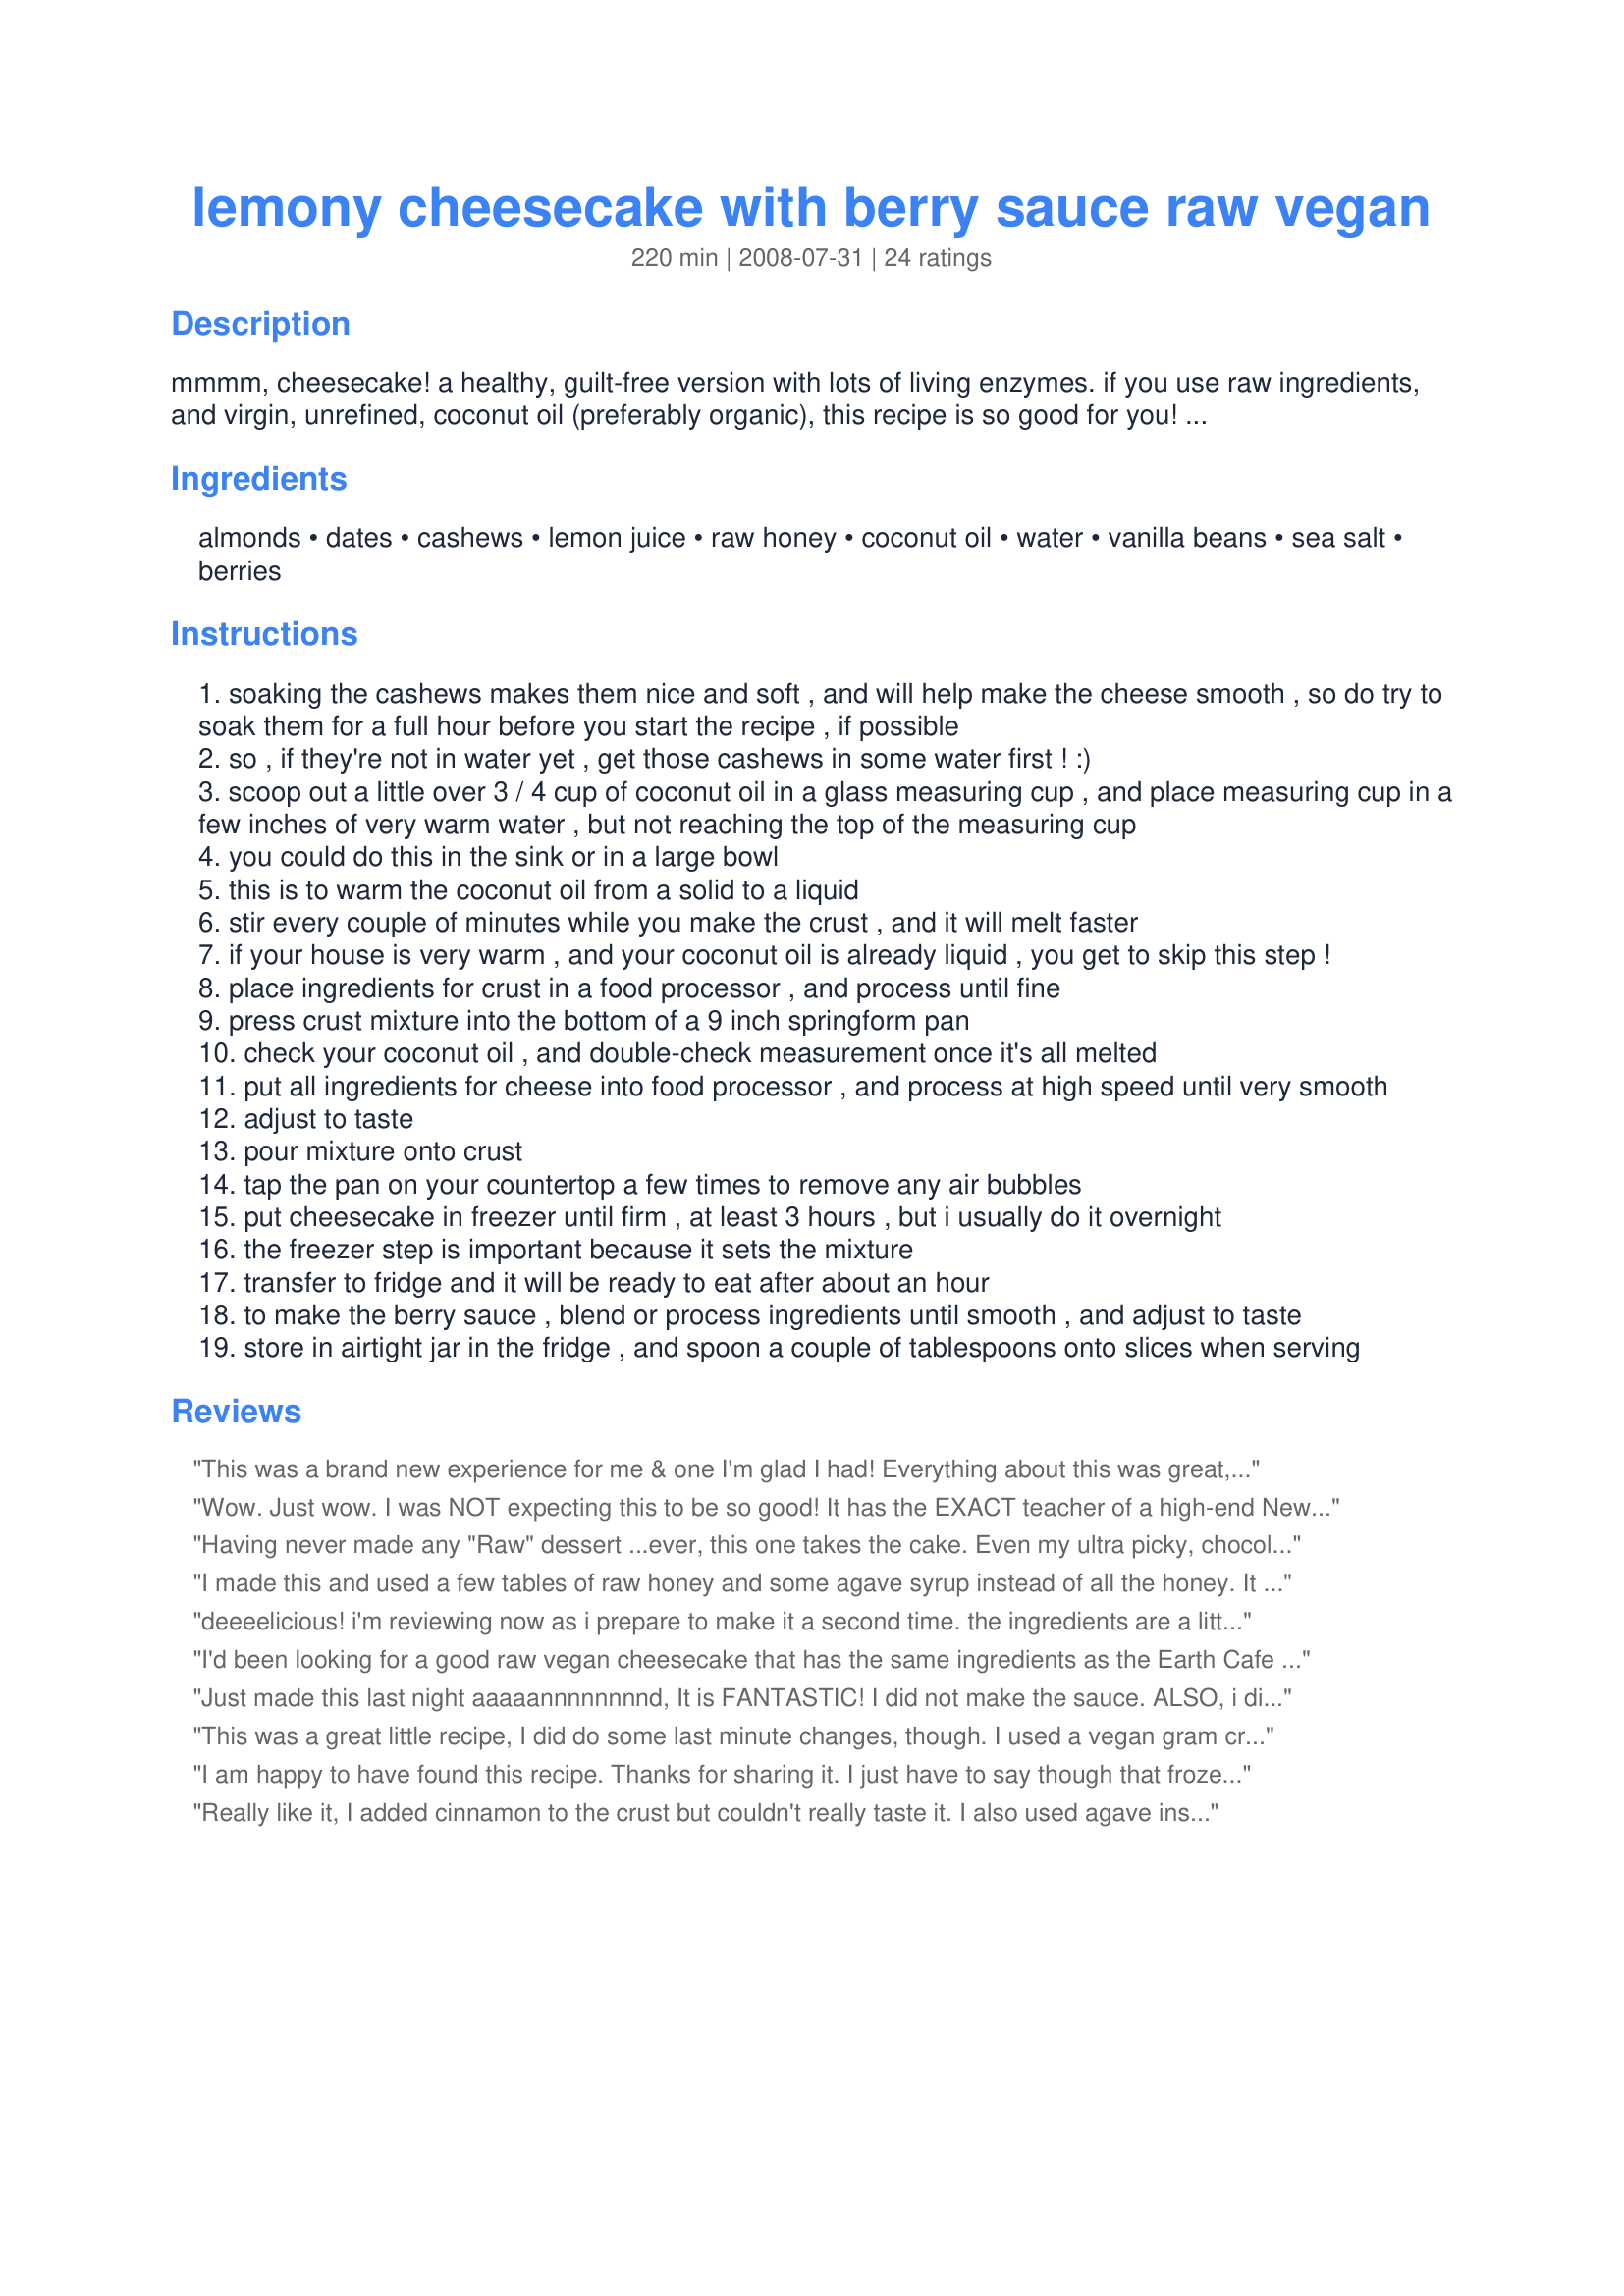
lemony cheesecake with berry sauce raw vegan
Preparation time: 220 minutes

mmmm, cheesecake! a healthy, guilt-free version with lots of living enzymes. if you use raw ingredients, and virgin, unrefined, coconut oil (preferably organic), this recipe is so good for you! it looks like a lot of coconut oil, but it works out to less than 1 tbsp per slice, and that's less than the recommended daily amount to get all those wonderful fatty acids they're talking about with coconut oil these days. so, well, hey, have a 2nd slice! :-) we love this cheesecake and we're rarely without one in our freezer "just in case". there are lots of raw cheesecake recipes floating around the 'net, and after trying many of them, this is our version, taking little bits of each and doing what we like with it. i also tend to make more than one at a time, and keep them in the freezer, so i don't have to make them as often. :)

Ingredients:
almonds, dates, cashews, lemon juice, raw honey, coconut oil, water, vanilla beans, sea salt, berries

Steps:
soaking the cashews makes them nice and soft , and will help make the cheese smooth , so do try to soak them for a full hour before you start the recipe , if possible
so , if they're not in water yet , get those cashews in some water first ! :)
scoop out a little over 3 / 4 cup of coconut oil in a glass measuring cup , and place measuring cup in a few inches of very warm water , but not reaching the top of the measuring cup
you could do this in the sink or in a large bowl
this is to warm the coconut oil from a solid to a liquid
stir every couple of minutes while you make the crust , and it will melt faster
if your house is very warm , and your coconut oil is already liquid , you get to skip this step !
place ingredients for crust in a food processor , and process until fine
press crust mixture into the bottom of a 9 inch springform pan
check your coconut oil , and double-check measurement once it's all melted
put all ingredients for cheese into food processor , and process at high speed until very smooth
adjust to taste
pour mixture onto crust
tap the pan on your countertop a few times to remove any air bubbles
put cheesecake in freezer until firm , at least 3 hours , but i usually do it overnight
the freezer step is important because it sets the mixture
transfer to fridge and it will be ready to eat after about an hour
to make the berry sauce , blend or process ingredients until smooth , and adjust to taste
store in airtight jar in the fridge , and spoon a couple of tablespoons onto slices when serving

Reviews:
This was a brand new experience for me & one I'm glad I had! Everything about this was great, but I especially liked the raw food aspect, & the taste, well it is OUTSTANDING! I followed the ingredients right down the line & used my 'standard' frozen 3-berry combo of blueberries, raspberries & marionberries for the sauce! An absolute keeper! [Tagged, made & reviewed for a teammate in our raw food group in the Vegetarian/Vegan Recipe Swap]
Wow. Just wow. I was NOT expecting this to be so good! It has the EXACT teacher of a high-end New York cheesecake, and it was hard not to feel guilty eating it, since that's usually the feel that accompanies cheesecake-eating. No one would guess that this is healthy for you! The ONLY criticism I have, (and it's a very minor one), is that I found the coconut oil to be slightly overwhelming, considering this is supposed to be a lemon cheesecake. I easily fixed that by grating the zest of a few lemons into the batter. The only other variation I did was to use about 1/2 cup raw honey instead of 3/4 cup, and I used liquid stevia to achieve the rest of the desired sweetness. Thank you sooooo much for this, I'll definitely be making it again!!!
Having never made any "Raw" dessert ...ever, this one takes the cake. Even my ultra picky, chocolate loving hubby & kids loved it. Definitely recommend letting it set over night. Tastes better the longer it sits. I lined a glass baking dish with non bleached parchment paper for easy cutting and clean up. Wrap tightly to prevent freezer burn. I then moved it to the fridge before serving. Want to experiment with more combinations! I pretty much followed this recipe exactly with the exception of raw honey (used agave nectar). Thanks so much for sharing.
I made this and used a few tables of raw honey and some agave syrup instead of all the honey. It taste great and looks pretty. But why do they call it cheesecake ? tastes like coconut pie with lemmon. Very good and healthy but nothing like cheesecake??
deeeelicious! i'm reviewing now as i prepare to make it a second time. the ingredients are a little costly, but the result is worth every cent. i fell in love with raw cheesecakes at the Chicago Diner *sigh* and wanted to make my own. this was easy and and indulgent. i recommend soaking the cashews overnight to get them good & creamy. i added a little toasted coconut to the crust, too. my lactose-intolerant friend enjoyed it. her mother found the doggy-bag a little too healthy-tasting, but she might have eaten it too frozen. all of us at dinner ate seconds. ...i ate some for breakfast the next day. thanks for posting!
I'd been looking for a good raw vegan cheesecake that has the same ingredients as the Earth Cafe raw cheesecake that is sold in health food stores. This one sounded similar so I tried it. Thank you, thank you! It's EVEN BETTER than the Earth Cafe cheesecake (sorry Earth Cafe!)

The only change I made is the crust: I prefer a shortbread-like crust so I made one out of 2 cups of walnuts, some coconut butter, a pinch of celtic salt and a squeeze of agave. I also blended frozen organic strawberries with an inch of vanilla bean, a pinch of celtic salt and a squeeze of agave for strawberry sauceâ€”andâ€”let some frozen organic strawberries thaw in the fridge and placed them on the cake before serving and drizzled the sauce all around.

This was absolutely amazing! It has the taste and texture of a real cream cheese cake, but even way better! My guests loved it. This is a keeper. Thanks so much for doing the tweaking and experimenting and sharing!
Just made this last night aaaaannnnnnnnd, It is FANTASTIC! I did not make the sauce. ALSO, i did not use the honey, instead i used 3/4 cup agave nectar. SO Good! Thanks for sharing!!!
This was a great little recipe, I did do some last minute changes, though. I used a vegan gram cracker base instead of using almonds and dates mainly due to the fact they are both expensive. I was dubious at the start, but it tasted fantastic! There was an actual argument between my flatmates and my guests about who was allowed the 4 remaining pieces for seconds. NEXT TIME I'M MAKING TWO!! also I would recommend defrosting it early because it did take over 2 hours.
I am happy to have found this recipe. Thanks for sharing it. I just have to say though that frozen food is not raw food! Extreme cold, just like extreme heat can change the chemical properties of food and kill healthy bacteria. It may be convenient to freeze this cake but it defeats the purpose of eating raw. Besides when something is delicious a little extra effort is worth it.
Really like it, I added cinnamon to the crust but couldn't really taste it. I also used agave instead of honey and added in some lemon zest and juice into the berries sauce. My roommate really like it and couldn't tell what's in it. But my meat eater bf doesn't like it as much because it just doesn't taste like real cheese. But to me it tastes really good and really does remind me of the cheesecake i used to eat
This is one fantastic recipe. I am alkilising so substituted almonds for the cashews, which was fine and agave syrup for the honey. It was especially nice when frozen overnight and my family ate it with organic lemon curd on top, fabulous! As I explained the lack of dairy, sugar, wheat, etc, etc to my guests my 8yr old stated, "that defies all the laws of cheesecake!" These "laws" are ready to be broken!!
I was quite surprised as to how good my raw cheesecake came out. I almost live on Earth Cafe's raw cheesecakes so it was sort of fun making my own. I prefer the texture of Earth Cafe's and their crust but I was still very pleased with my end result. Many thanks for sharing this recipe!!
Turned out perfect! I love the texture and taste of the "cheesecake." I used agave nectar in place of honey and added lemon juice to the berry sauce as well. Loved it! :)
Not to insult anyone, but, honey is not Vegan, That being said this recipe works really well with agave nectar or maple syrup :)
Wow! I was very skeptical but this is brilliant! Who know cashews could be so creamy! My kids loved it too!
Thanks Debra. This is so very delicious! This vegan cheese cake is simply the best I have eaten!
I made this yesterday for my brothers 10th birthday and it came out GREAT! The texture of the cashews is nice and smooth. It very similar to a "cheesecake" we buy at our local natural food store, and a lot cheaper to make at home. I am definitely make this again!
This cheesecake is delicious and worthy of special occasions and company. I have made it with orange and cardamon as well as with the lemon - and it&#039;s fabulous both ways. The taste, texture, and presentation can&#039;t be beat!
It&#039;s not a vegan recipe since it contains honey! Raw maybe but not vegan.
This is sooooo good! And if I had a bigger food processor, I'm sure I could say "so easy". As it was, I had to divide everything into two batches and then mix together. The filling was lick-the-batter-bowl clean yummy and I could hardly wait to try it all together. I couldn't decide between blueberry and strawberry sauce, so I made both (dividing in two batches. I just had to do it, I guess!) This was very good, creamy and yummy...and I want to go eat some more! Thank you for posting this recipe! Reviewed for Healthy Choices ABC tag.
Due to outrageous prices I substitued walnuts for almonds and raisins for dates. I also used a muffin pan to make 16 individual mini cheesecakes. They were such a hit with my cooking/meat eating family and I thought the recipe was so simple and easy to follow for being a raw recipe I will make this again and again. Much more economic than buying raw desserts and there is just something so healing not only about eating raw foods but making them as well.
Just made this for easter lunch and it was a hit with the whole family. I&#039;m now in charge to make this cheesecake for all future celebrations.&lt;br/&gt;I dont know if it would have made any difference to use a blender instead of a food processor, as I dont have a food processor.&lt;br/&gt;I also added zest from one lemon. My sister would have preferred a little more tang, so maybe next time I will use zest from two lemons and see how that goes.&lt;br/&gt;Thanks for the recipe. This cheesecake is so much more delicious than regular cheesecakes and doesnt leave you feeling sick after indulging in a large slice. I feel energised!!
I just made the cheese part of this (I never liked raw crusts with dates in and I always just liked the cheese part anyway). 

I soaked the cashews 8 hours, (to deactivate enzyme inhibitors), so I put in just a little water. I just dumped everything in to my blender without melting the oil. I also used agave nectar since honey is overpowering to me with a light taste of lemon. 

After tasting I added 1/2 tsp lemon extract and after tasting the completed dish this morning next time I make it I will put in 1 tsp because I wanted a little more lemony taste. (I might also put in some zest and see how that works). 

Alone, it takes a few spoonfuls to get use to the flavor. So I added frozen raspberries to the bowl before putting it in the freezer and wow, the combination of the two was really good.

 I enjoyed this. Letting it sit overnight lets the flavors meld, and I grew up eating frozen cheesecake, so thumbs up! I will be making this again. Thanks.

Update - 
I made this again but only 1/3 of the recipe since I'm the only raw foodist in my house and the whole recipe here makes a lot. That being said, here's how I make it now. 

To 1/3 of the recipe I use 1 tsp lemon extract, 1/2-1 cup raspberries, and the zest of 2 of the three lemons gives it a zing that's nice. I have also used a mixture of lemon and lime juice.

Also, I have made a blueberry cheesecake which was awesome. To the 1/3 of the recipe again I added 1 tsp blueberry extract (Watkins carries this) instead of the lemon, replace the lemon juice with 1 lime juiced and 1/2 cup blueberries when you blend, then I put in 1/2-1 cup whole wild blueberries and folded them in. I made a crust out of pecans, oats, agave nectar, oil, cinnamon and salt.
WOW! This cake is DELICIOUS!! I wasn't too keen on the sauce but still - total yuM!
